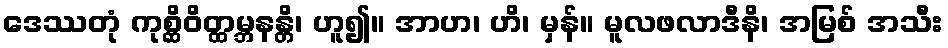
ဒေဿတုံ ကုစ္ဆိဝိတ္ထမ္ဘနန္တိ၊ ဟူ၍။ အာဟ၊ ဟိ၊ မှန်။ မူလဖလာဒီနိ၊ အမြစ် အသီး